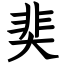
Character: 奜